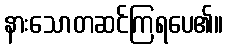
နားသောတဆင်ကြရပေ၏။